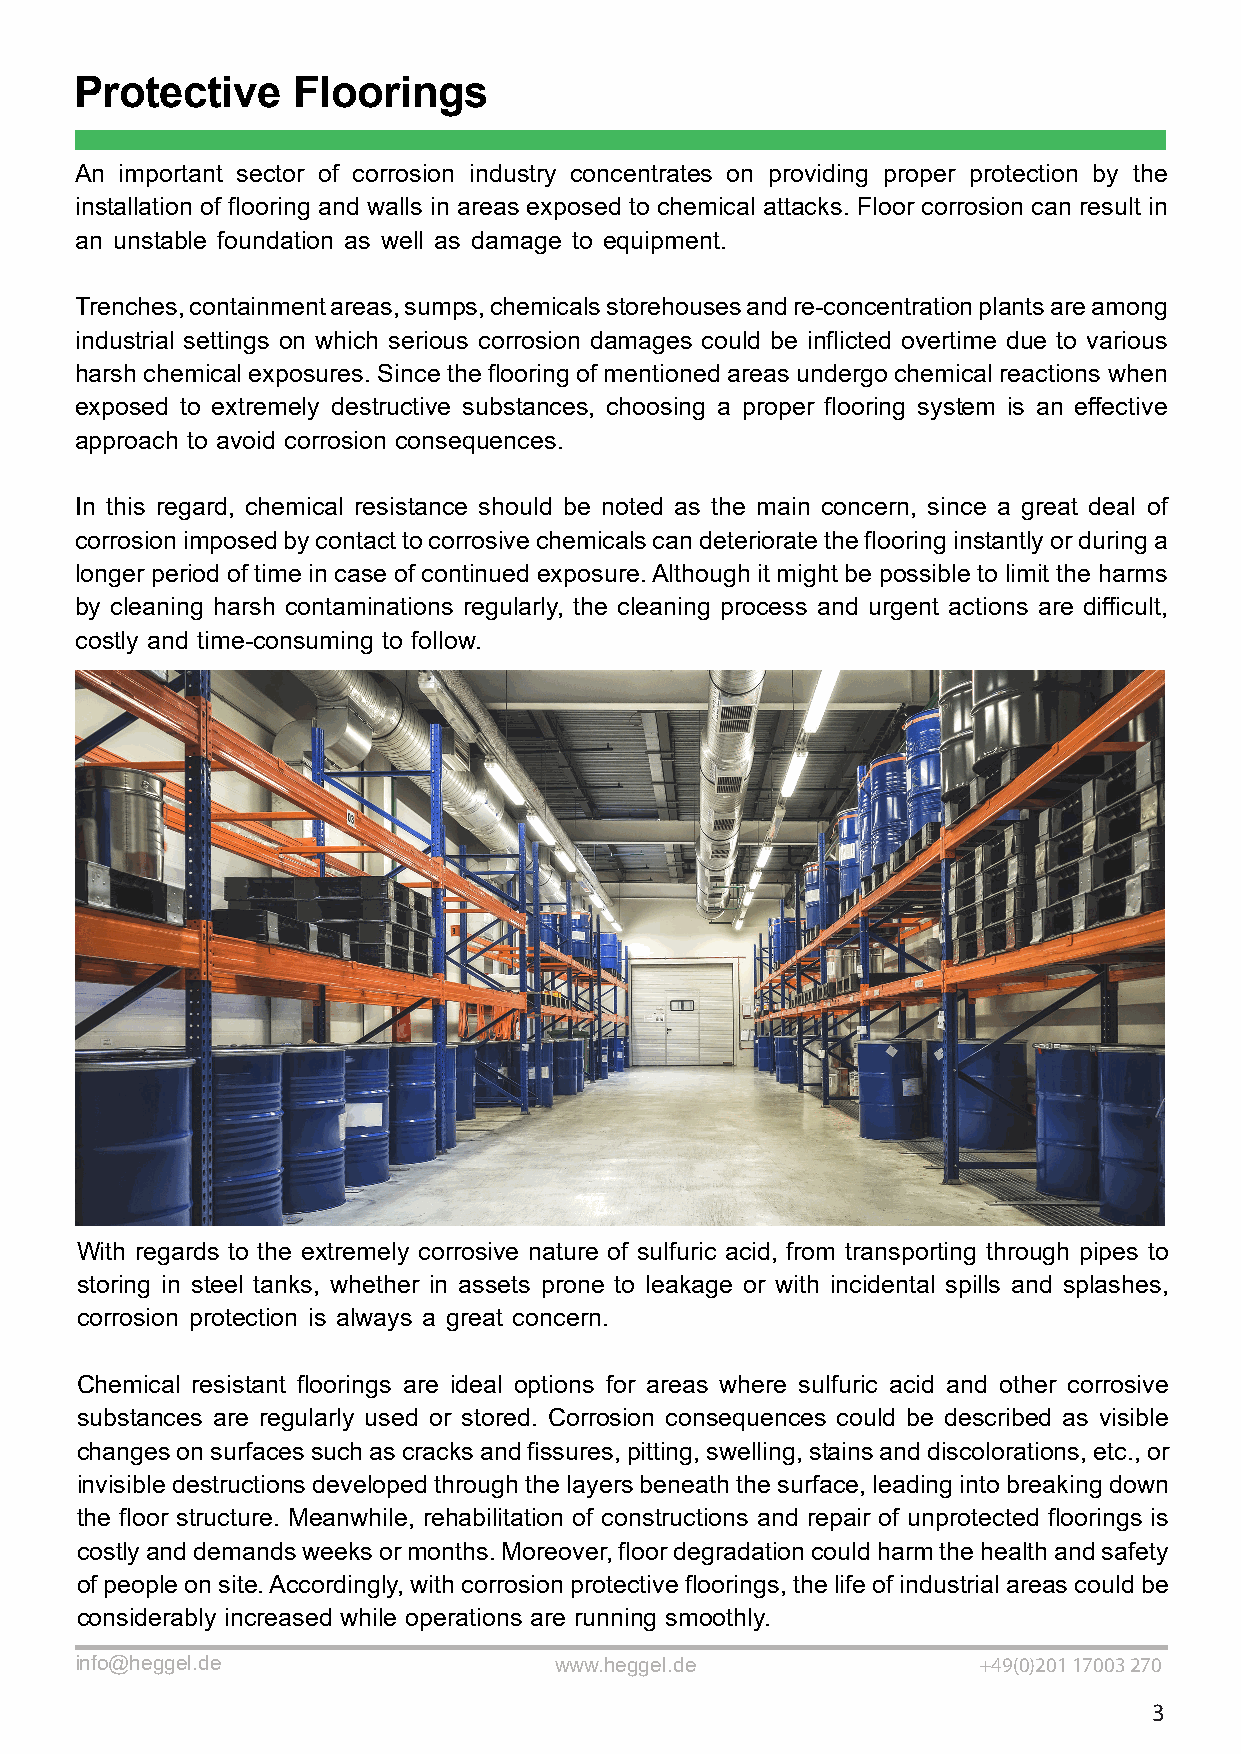
Protective    Floorings
 An important sector of corrosion indus try concentrates on providing proper protection by the
 ins tallation of flooring and walls in areas exposed to chemical attacks. Floor corrosion can result in
 an uns table foundation as well as damage to equipment.
 Trenches, containment areas, sumps, chemicals s torehouses and re-concentration plants are among
 indus trial settings on which serious corrosion damages could be inflicted overtime due to various
 harsh chemical exposures. Since the flooring of mentioned areas undergo chemical reactions when
 exposed to extremely des tructive subs tances, choosing a proper flooring syst em is an effective
 approach to avoid corrosion consequences.
 In this regard, chemical resist ance should be noted as the main concern, since a great deal of
 corrosion imposed by contact to corrosive chemicals can deteriorate the flooring ins tantly or during a
 longer period of time in case of continued exposure. Although it might be possible to limit the harms
 by cleaning harsh contaminations regularly, the cleaning process and urgent actions are difficult,
 cos tly and time-consuming to follow.
 With regards to the extremely corrosive nature of sulfuric acid, from transporting through pipes to
 s toring in s teel tanks, whether in assets prone to leakage or with incidental spills and splashes,
 corrosion protection is always a great concern.
 Chemical resis tant floorings are ideal options for areas where sulfuric acid and other corrosive
 subs tances are regularly used or s tored. Corrosion consequences could be described as visible
 changes on surfaces such as cracks and fissures, pitting, swelling, s tains and discolorations, etc., or
 invisible des tructions developed through the layers beneath the surface, leading into breaking down
 the floor s tructure. Meanwhile, rehabilitation of cons tructions and repair of unprotected floorings is
 cos tly and demands weeks or months. Moreover, floor degradation could harm the health and safety
 of people on site. Accordingly, with corrosion protective floorings, the life of indus trial areas could be
 considerably increased while operations are running smoothly.
 info@heggel.de                  www.heggel.de               +49)0(201 17003 270
 3